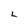
Character: L